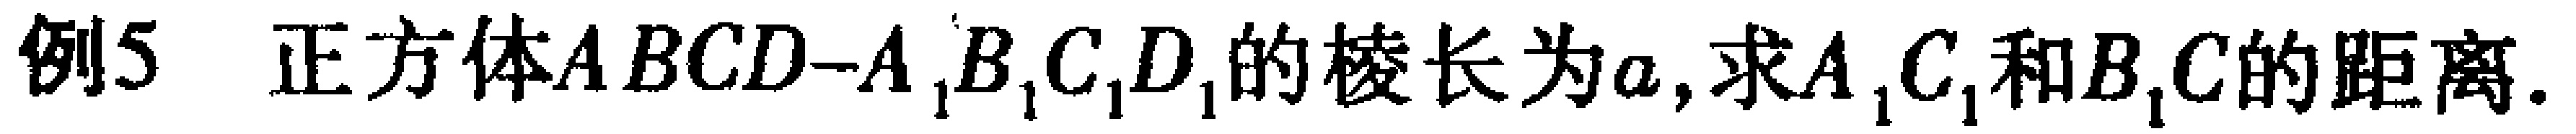
例5 正方体\(ABCD - A_{1}B_{1}C_{1}D_{1}\)的棱长为\(a\),求\(A_{1}C_{1}\)和\(B_{1}C\)的距离.